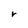
Character: r